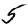
Digit: 5